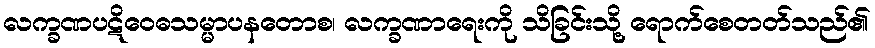
လက္ခဏပဋိဝေဓသမ္မာပနတောစ၊ လက္ခဏာရေးကို သိခြင်းသို့ ရောက်စေတတ်သည်၏